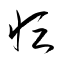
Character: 恒